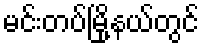
မင်းတပ်မြို့နယ်တွင်